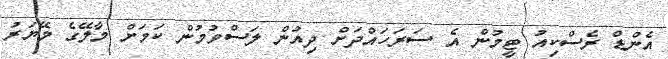
އެންޑް ރެސްކިއު ޓީމުން އެ ސަރަހައްދަށް ދިއުން ލަސްވުމުން ކަމަށް މާލޭގެ މޭޔަރު